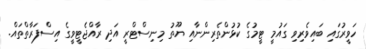
ހަވީރުގައި ބައިވެރިވި ގައުމީ ޓީމުގެ ކުޅުންތެރިންނާއި ޔޫތު މިނިސްޓްރީ އަދި ރާއްޖެޓީވީގެ އިސްފަރާތްތައް.